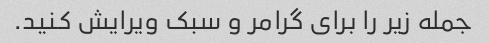
جمله زیر را برای گرامر و سبک ویرایش کنید.